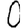
Digit: 0